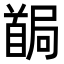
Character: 𩠧